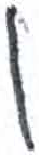
אות: ן